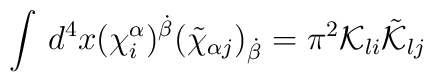
\int\, d^{4}x (\chi^{\alpha}_{i})^{\dot{\beta}}(\tilde{\chi}_{\alpha j})_{\dot{\beta}}= \pi^{2}{\cal K}_{li}\tilde{\cal K}_{lj}